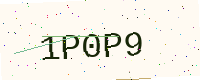
Text: 1P0P9